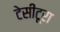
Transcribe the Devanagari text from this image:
टेसीटूरा